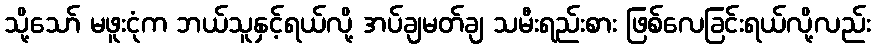
သို့သော် မဖူးငုံက ဘယ်သူနှင့်ရယ်လို့ အပ်ချမတ်ချ သမီးရည်းစား ဖြစ်လေခြင်းရယ်လို့လည်း